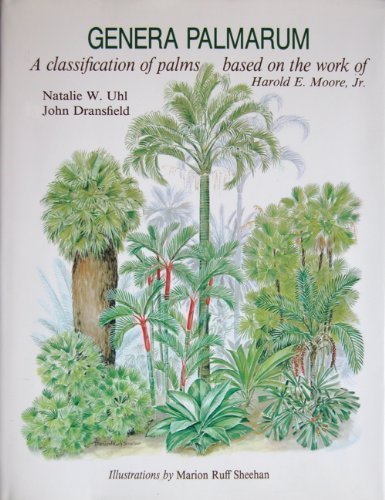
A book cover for Genera Palmarum: A Classification of Palms Based on the Work of Harold E. Moore, Jr.; Natalie W. Uhl; Science & Math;